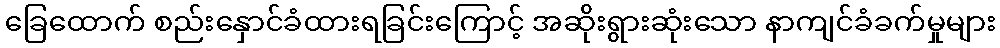
ခြေထောက် စည်းနှောင်ခံထားရခြင်းကြောင့် အဆိုးရွားဆုံးသော နာကျင်ခံခက်မှုများ